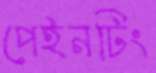
পেইনটিং